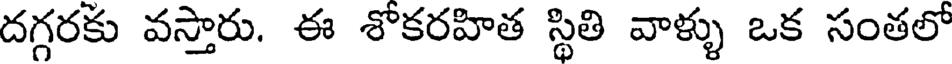
దగ్గరకు వస్తారు. ఈ శోకరహిత స్థితి వాళ్ళు ఒక సంతలో